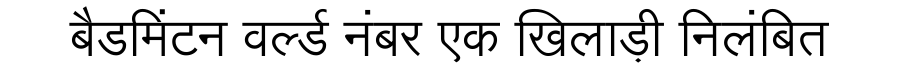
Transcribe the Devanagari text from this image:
बैडमिंटन वर्ल्ड नंबर एक खिलाड़ी निलंबित